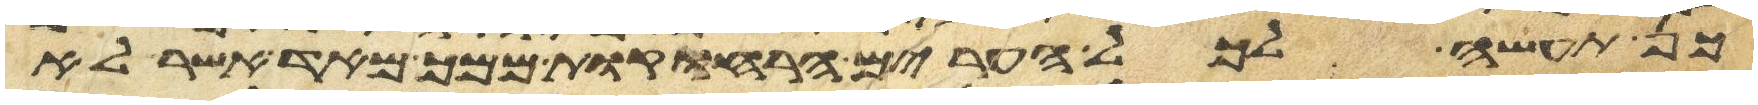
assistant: כן תעשה לכל הערים הרחוקות ממך מאד אשר לא